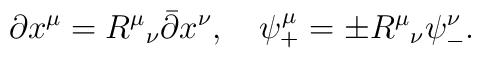
\partial x^\mu = R^\mu{}_\nu \bar{\partial} x^\nu, \quad  \psi^\mu_+ = \pm R^\mu{}_\nu \psi^\nu_-.